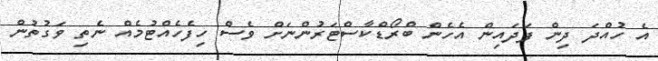
އެ ހުއްދަ ދިން ފަދައިން އެހެން ބްރޯޑްކާސްޓަރުންނަށް ވެސް ހިފެހެއްޓުމެއް ނެތި ވަގުތުން